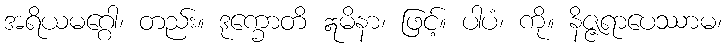
အရိယမဂ္ဂေါ၊ တည်း။ ဒုက္ခောတိ ဣမိနာ၊ ဖြင့်။ ပါပံ၊ ကို။ နိဇ္ဇရာပေဿာမ၊